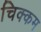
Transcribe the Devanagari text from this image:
चिक्कम